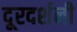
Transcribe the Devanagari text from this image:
दूरदर्शनी